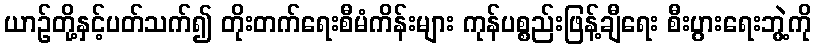
ယာဉ်တို့နှင့်ပတ်သက်၍ တိုးတက်ရေးစီမံကိန်းများ ကုန်ပစ္စည်းဖြန့်ချီရေး စီးပွားရေးဘွဲ့ကို